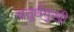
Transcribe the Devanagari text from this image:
चतुर्थमुखी